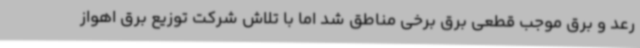
رعد و برق موجب قطعی برق برخی مناطق شد اما با تلاش شرکت توزیع برق اهواز